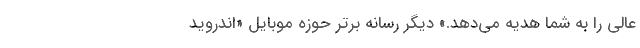
عالی را به شما هدیه می‌دهد.» دیگر رسانه برتر حوزه موبایل «اندروید